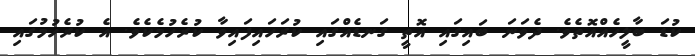
ކުޑަ ބާލީހެއްއޮތެވެ. ދެވަނަ ބައިގައި އޮތީ ގަނޑެއްގައި ކުރަހައިފައިވާ ކުރެހުމެކެވެ. އެ ކުރެހުމުގައި